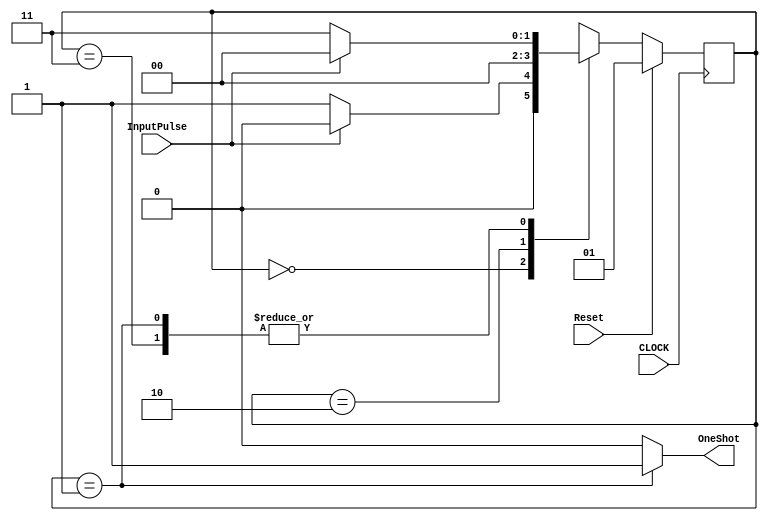
// Written by	: Jianjian Song
// one postive shot from the falling edge of the input pulse
`timescale 1ns / 1ps

module ClockedNegativeOneShot(InputPulse, OneShot, Reset, CLOCK) ;

input		InputPulse, Reset, CLOCK;
output reg OneShot;
parameter State0=0, State1=1, State2=2, State3=3;
reg [1:0] State;

always@(State)
	if(State==State1) OneShot<=1;
	else OneShot<=0;

always @ (posedge CLOCK)
	if(Reset==1)	State <= 1; else
	case (State)
	0:	if (InputPulse==1) State<=State0; else State<=State1;
	1:	if (InputPulse==1) State<=State0; else State<=State3;
	2:	State<=State0;
	3:	if (InputPulse==1) State<=State0; else State<=State3;
	endcase
endmodule